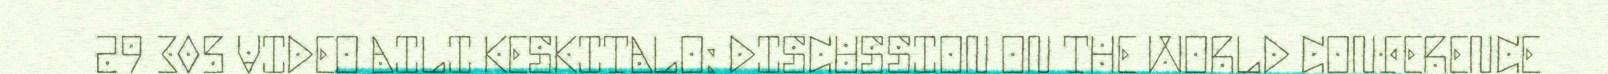
29 305 VIDEO AILI KESKITALO: DISCUSSION ON THE WORLD CONFERENCE